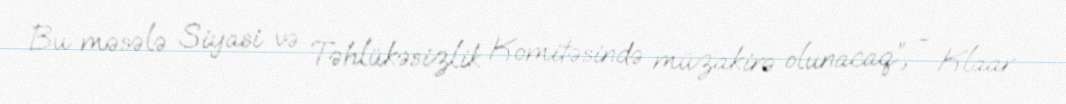
Bu məsələ Siyasi və Təhlükəsizlik Komitəsində müzakirə olunacaq”, - Klaar